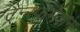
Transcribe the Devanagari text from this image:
ट्रैन्स्फर्मेशन